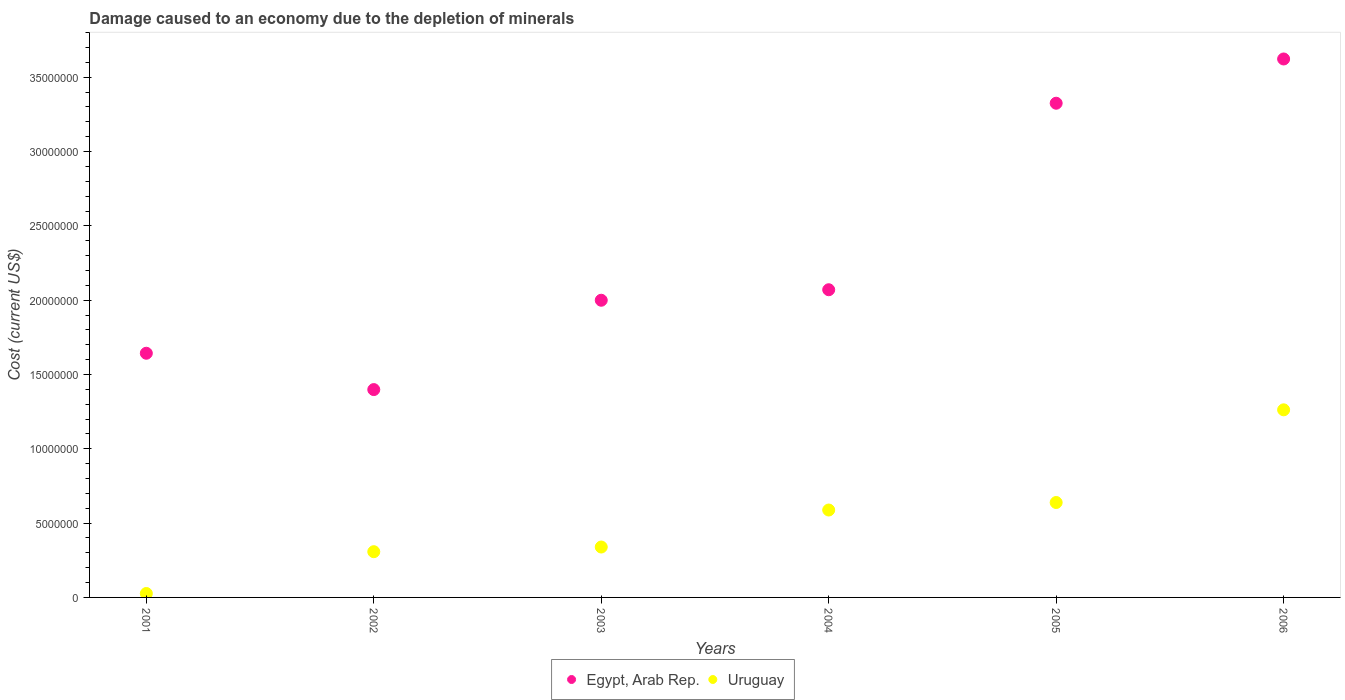
| Years | Egypt, Arab Rep. | Uruguay |
 | --- | --- | --- |
 | 2001 | 1.64e+07 | 2.64e+05 |
 | 2002 | 1.4e+07 | 3.08e+06 |
 | 2003 | 2e+07 | 3.39e+06 |
 | 2004 | 2.07e+07 | 5.88e+06 |
 | 2005 | 3.33e+07 | 6.39e+06 |
 | 2006 | 3.62e+07 | 1.26e+07 |